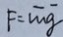
F = \overline { m } \overline { g }